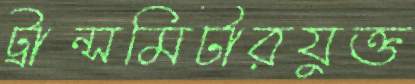
ট্রান্সমিটারযুক্ত